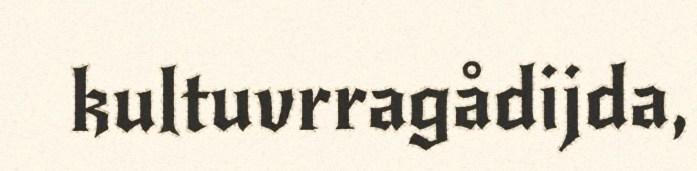
kultuvrragådijda,